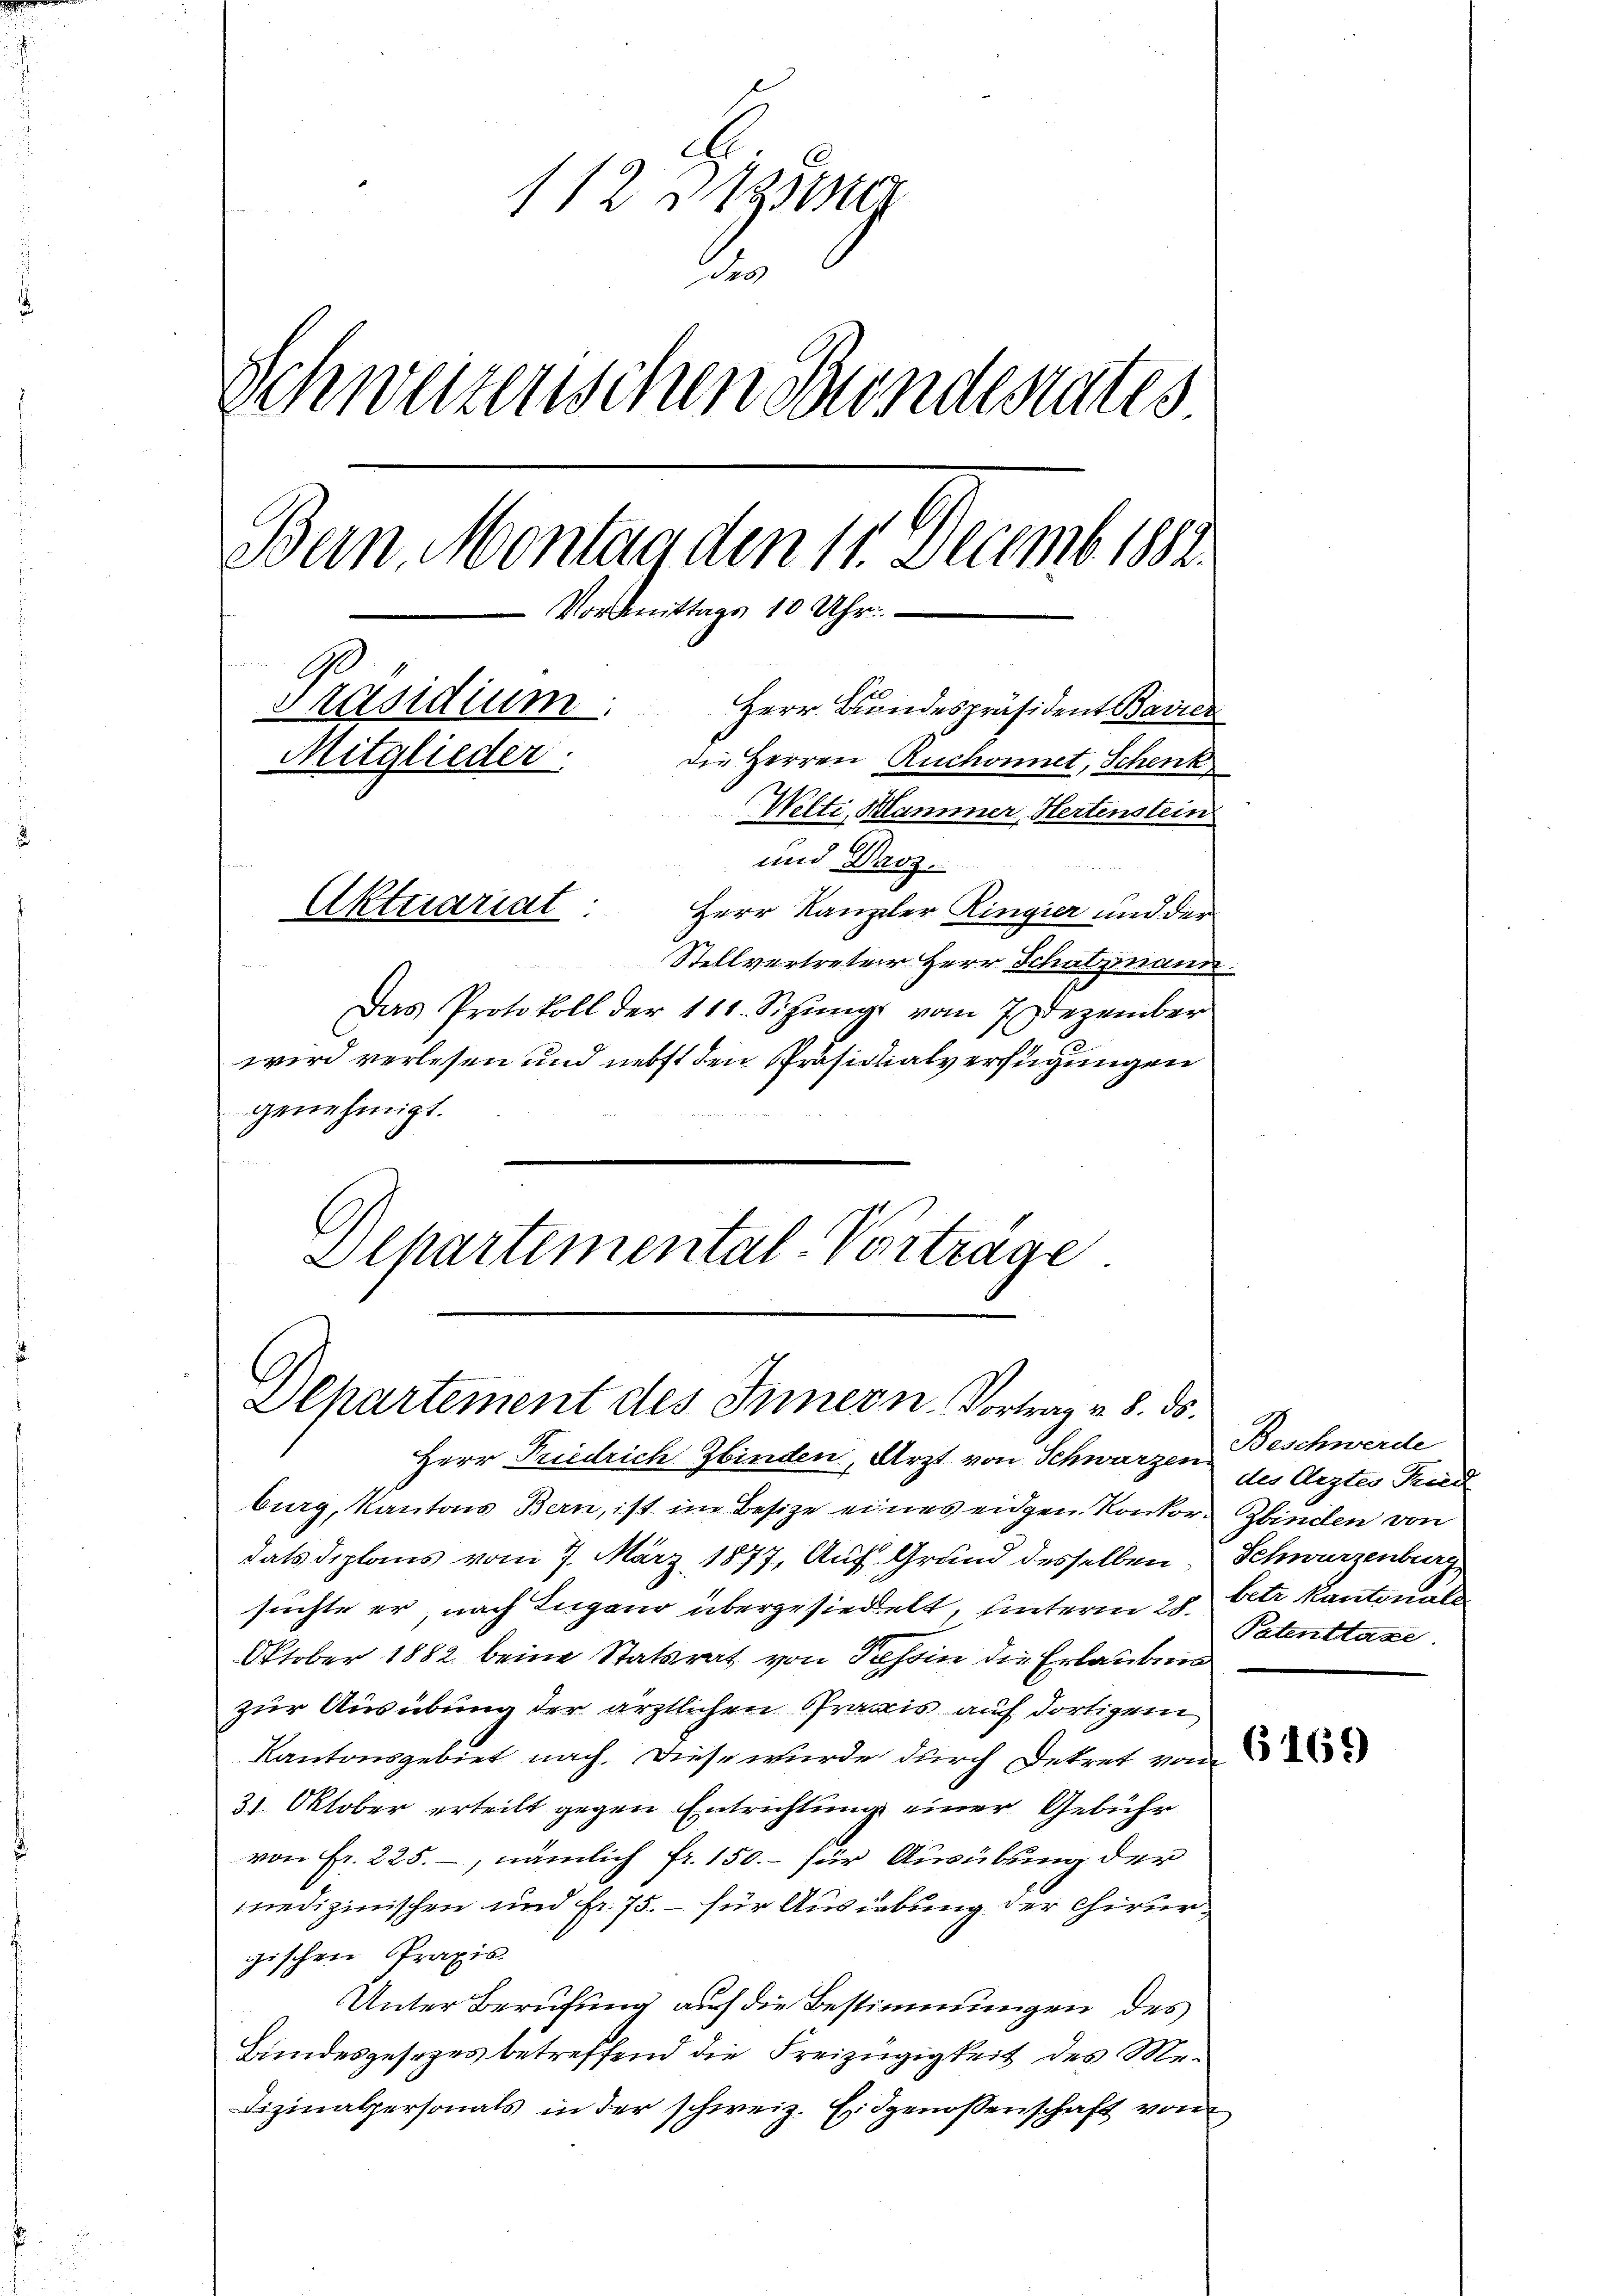
112 zug
20
Schweizerischen Sondesrates
Bern Montaaden 11. Decemb. 1882.
Vormittags 10 Uhr.
¬
Präsidium.
Herr Bundespräsident Bavier
Die Herren Ruchonnet, Schenk
Mitglieder.
Welti, Klammer, Hertenstein
und Droz.
Aktuariat.
Herr Kanzler Ringier und der
Stellvertreter Herr Schatzmann.
Das Protokoll der 111. Sizŭng vom 7. Dezember
wird verlesen und nebst den Präsidialverfügungen
genehmigt.

Alpartemental-Vorträge
Departement des Innern. Vortrag v. 8. ds.
Herr Friedrich binden, Arzt von Schwarzen des Arztes Rud

burg, Kantons Bern, ist im Besitze eines eidgen Konkor-Zbinden von
dats deplans vom 7. März 1877, Auf Grund desselben Schwarzenburg
suchte er nach Lugano übergesiedelt, unterm 25. betr. kantonal
Oktober 1882 beim Statsrat von Tessin die Erlaubnis
zur Ausübung der ärztlichen Praxis auf dortigem
Kantonsgebiet nach. Diese wurde durch Dekret von
31. Oktober erteilt gegen Entrichtung einer Gebühr
von Fr. 225. –, nämlich fr. 150.- für Ausübung der
medizinischen und Fr. 75. – für Ausiebung der Chirurgischen Praxis
Unter Berufung auf die Bestimmungen des
Bundesgesezes betreffend die Freizügigkeit des Me¬
Fizinalpersonals in der schweiz. Eidgenossenschaft von

Beschwerde
Patenstaxe

(169